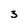
Character: 3